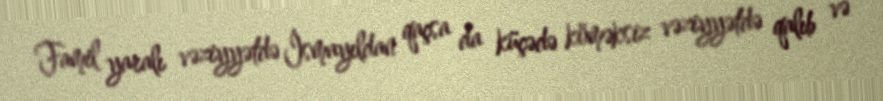
Famil yaralı vəziyyətdə İsmayıldan qaçsa da küçədə köməksiz vəziyyətdə qalıb və